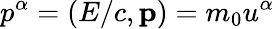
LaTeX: p^{\alpha}=(E/c,\mathbf{p})=m_{0}u^{\alpha}